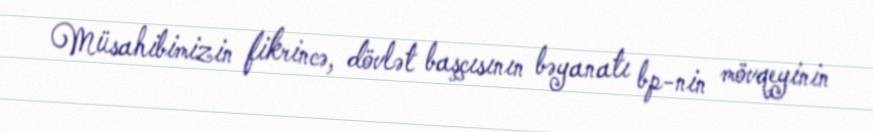
Müsahibimizin fikrincə, dövlət başçısının bəyanatı bp-nin mövqeyinin